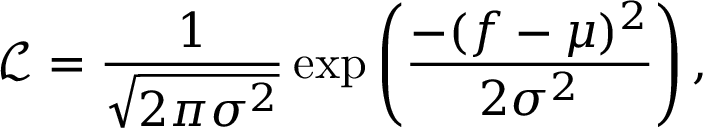
\mathcal { L } = \frac { 1 } { \sqrt { 2 \pi \sigma ^ { 2 } } } \exp \left( \frac { - ( f - \mu ) ^ { 2 } } { 2 \sigma ^ { 2 } } \right) ,